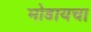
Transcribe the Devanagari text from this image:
मोडायचा